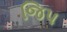
જિપ